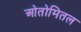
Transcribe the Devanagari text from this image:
ओतोमितल